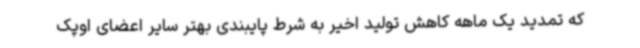
که تمدید یک ماهه کاهش تولید اخیر به شرط پایبندی بهتر سایر اعضای اوپک